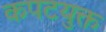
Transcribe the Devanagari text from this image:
कपटयुक्त